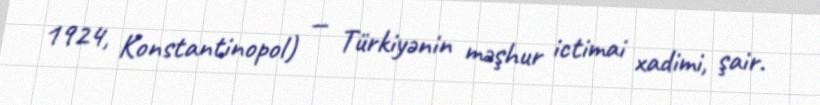
1924, Konstantinopol) — Türkiyənin məşhur ictimai xadimi, şair.